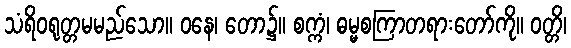
သံရိဝရုတ္တမမည်သော။ ဝနေ၊ တော၌။ စက္ကံ၊ ဓမ္မစကြာတရားတော်ကို။ ဝတ္တိ၊